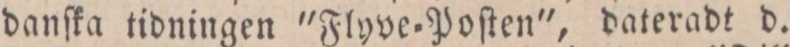
danſka tidningen "Flyve=Poſten", dateradt d.